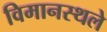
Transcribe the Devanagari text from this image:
विमानस्थले